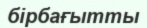
бірбағытты